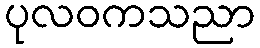
ပုလဝကသညာ